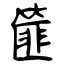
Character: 篚